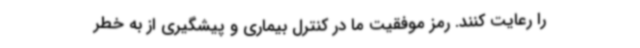
را رعایت کنند. رمز موفقیت ما در کنترل بیماری و پیشگیری از به خطر